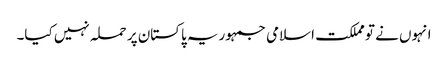
انہوں نے تو مملکت اسلامی جمہوریہ پاکستان پر حملہ نہیں کیا۔